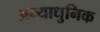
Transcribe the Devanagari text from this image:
अन्याधुनिक